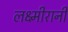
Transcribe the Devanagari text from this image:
लक्ष्मीरानी